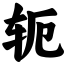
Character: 轭